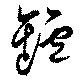
罏